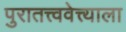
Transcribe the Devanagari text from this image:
पुरातत्त्ववेत्त्याला